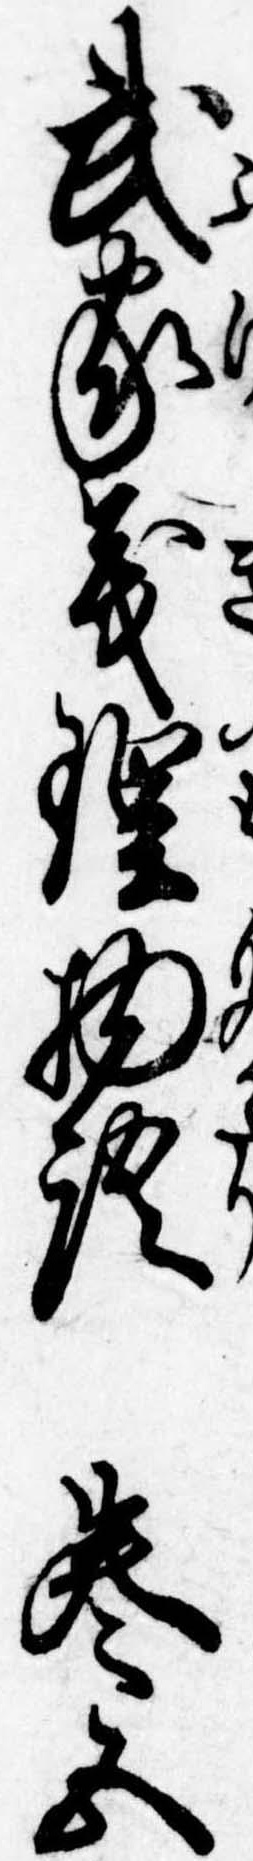
武家義理物語巻五